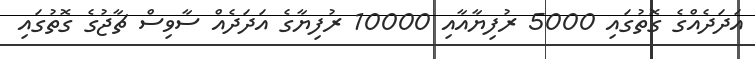
އަދަދެއްގެ ގޮތުގައި 5000 ރުފިޔާއާއި 10000 ރުފިޔާގެ އަދަދެއް ސާވިސް ޗާޖުގެ ގޮތުގައި